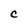
Character: C